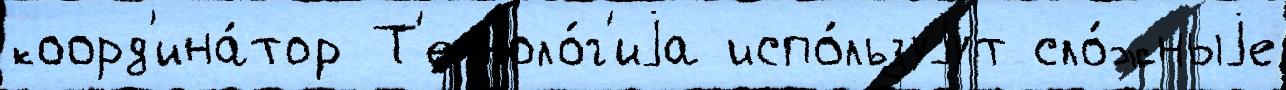
коорд'ина́тор Т'ехноло́г'иjа испо́льзуjут сло́жныjе